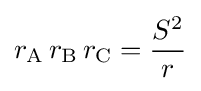
r_{\text{A}}\,r_{\text{B}}\,r_{\text{C}}={\frac {S^{2}}{r}}